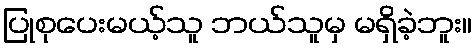
ပြုစုပေးမယ့်သူ ဘယ်သူမှ မရှိခဲ့ဘူး။